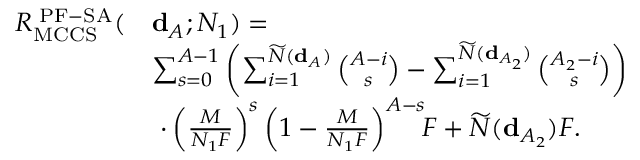
\begin{array} { r l } { R _ { \mathrm { M C C S } } ^ { \mathrm { \tiny ~ P F - S A } } ( } & { { \bf d } _ { \cal A } ; N _ { 1 } ) = } \\ & { \sum _ { s = 0 } ^ { A - 1 } \left( \sum _ { i = 1 } ^ { \widetilde N ( { \bf d } _ { \cal A } ) } \binom { A - i } { s } - \sum _ { i = 1 } ^ { \widetilde N ( { \bf d } _ { { \cal A } _ { 2 } } ) } \binom { A _ { 2 } - i } { s } \right) } \\ & { \ \cdot \left( \frac { M } { N _ { 1 } F } \right) ^ { s } \left( 1 - \frac { M } { N _ { 1 } F } \right) ^ { A - s } \! \! F + \widetilde N ( { \bf d } _ { { \cal A } _ { 2 } } ) F . } \end{array}